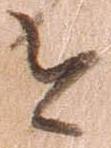
今